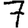
Digit: 7